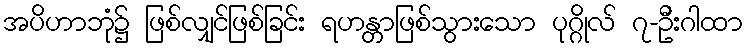
အပိဟာဘုံ၌ ဖြစ်လျှင်ဖြစ်ခြင်း ရဟန္တာဖြစ်သွားသော ပုဂ္ဂိုလ် ၇-ဦးဂါထာ